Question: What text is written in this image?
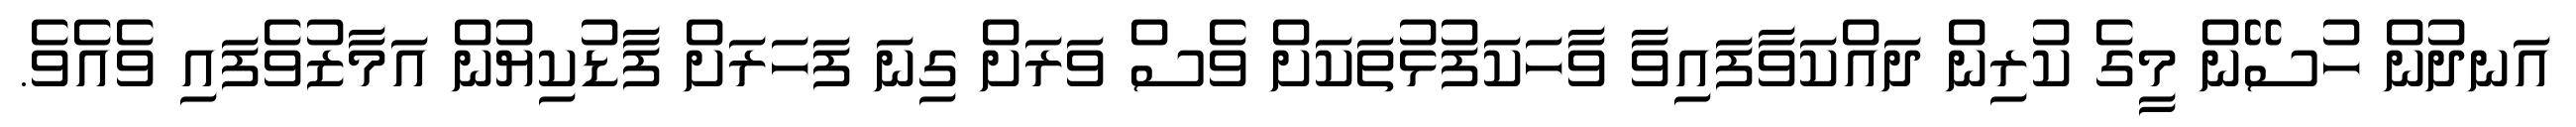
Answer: އަނދުން ހުސޭން މީގެ ކުރިން ދައްކަވާފައިވާ ވާހަކަފުޅުތަކަށް ވެސް ވަރަށް ގިނަ ފަހަރަށް ފާޑުކިޔުން އަމާޒުވެފައި ވެއެވެ.